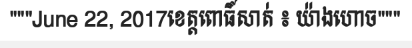
"""June 22, 2017ខេត្តពោធិ៍សាត់ ៖ យ៉ាងហោច"""